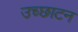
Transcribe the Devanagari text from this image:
उच्छाटन